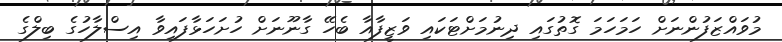
މުވައްޒަފުންނަށް ހަމަހަމަ ގޮތުގައި ދިނުމަށްޓަކައި ވަޒީފާއާ ބެހޭ ގާނޫނަށް ހުށަހަޅާފައިވާ އިސްލާހުގެ ބިލްގެ